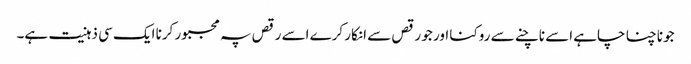
جو ناچنا چاہے اسے ناچنے سے روکنا اور جو رقص سے انکار کرے اسے رقص پہ مجبور کرنا ایک سی ذہنیت ہے۔